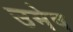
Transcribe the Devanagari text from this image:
उमेष